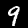
Label: 9